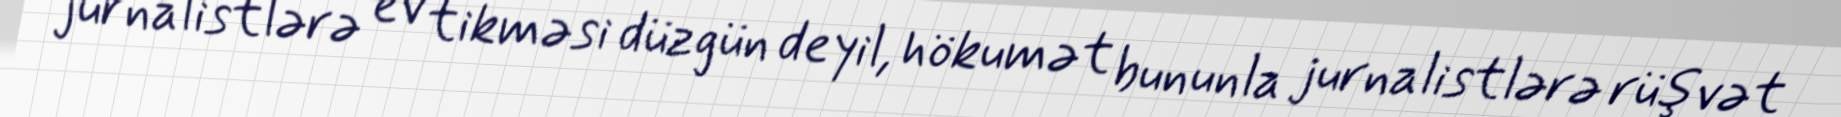
jurnalistlərə ev tikməsi düzgün deyil, hökumət bununla jurnalistlərə rüşvət